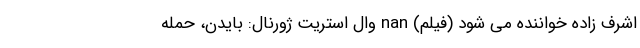
اشرف زاده خواننده می شود (فیلم) nan وال استریت ژورنال: بایدن، حمله